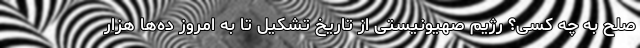
صلح به چه کسی؟ رژیم صهیونیستی از تاریخ تشکیل تا به امروز ده‌ها هزار